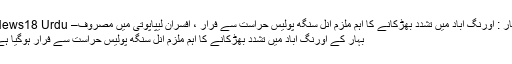
بہار : اورنگ آباد میں تشدد بھڑکانے کا اہم ملزم انل سنگھ پولیس حراست سے فرار ، افسران لیپاپوتی میں مصروف– News18 Urdu
بہار کے اورنگ آباد میں تشدد بھڑکانے کا اہم ملزم انل سنگھ پولیس حراست سے فرار ہوگیا ہے۔